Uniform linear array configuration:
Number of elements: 48
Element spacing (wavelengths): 0.25
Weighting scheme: exponential
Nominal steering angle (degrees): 30
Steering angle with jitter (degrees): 28.734
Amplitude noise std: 0.05
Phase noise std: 0.05

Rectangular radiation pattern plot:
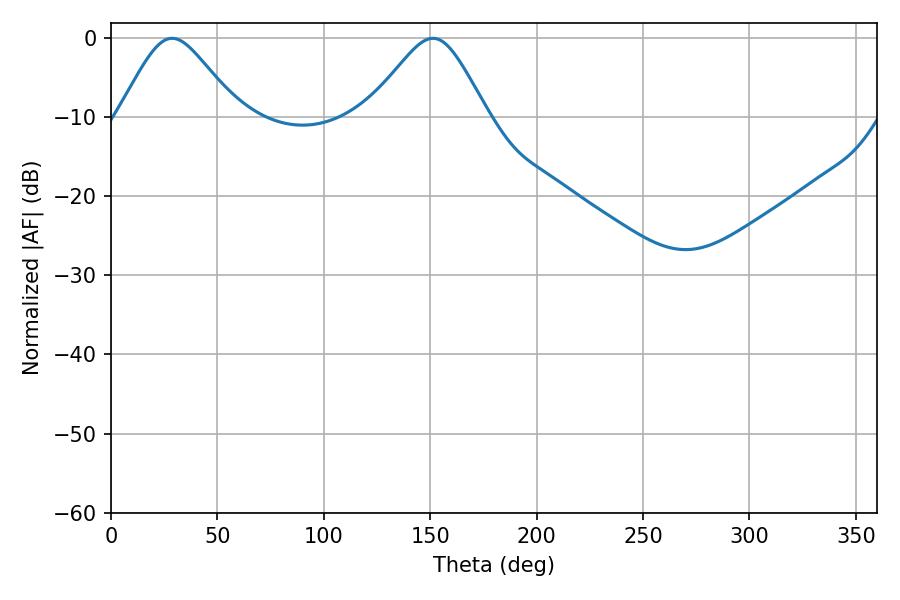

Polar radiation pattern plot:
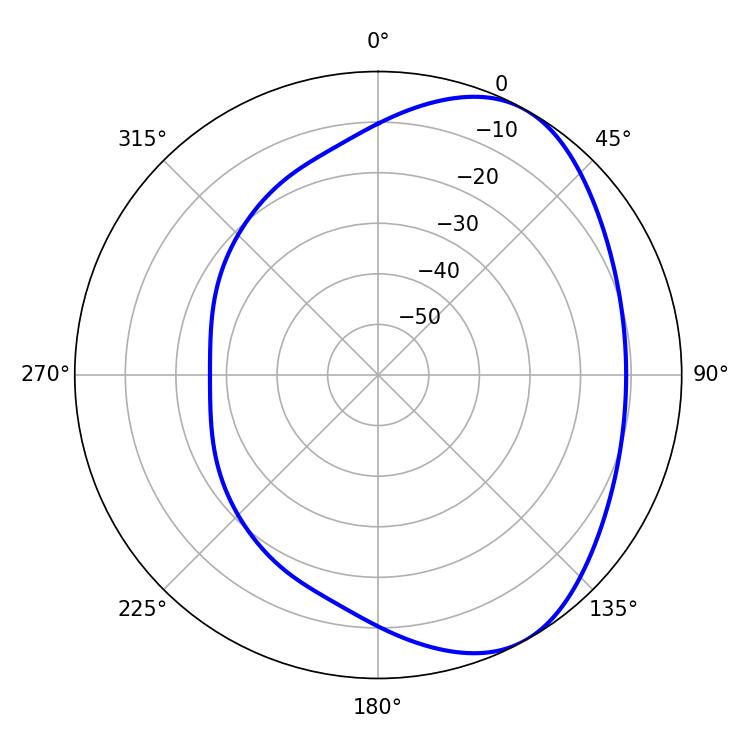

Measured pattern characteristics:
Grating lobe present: FALSE
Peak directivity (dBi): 5.114
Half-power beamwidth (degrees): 27.36
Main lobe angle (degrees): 28.8